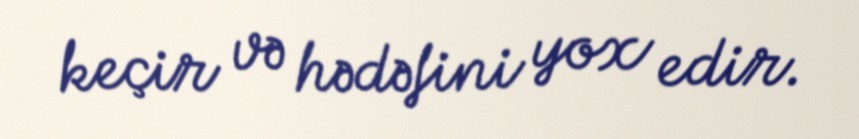
keçir və hədəfini yox edir.